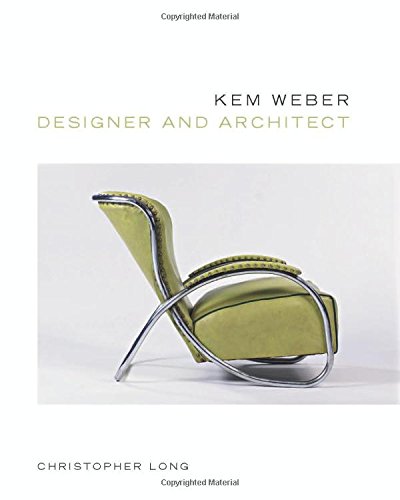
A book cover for Kem Weber, Designer and Architect; Christopher Long; Arts & Photography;